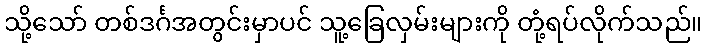
သို့သော် တစ်ဒင်္ဂအတွင်းမှာပင် သူ့ခြေလှမ်းများကို တုံ့ရပ်လိုက်သည်။